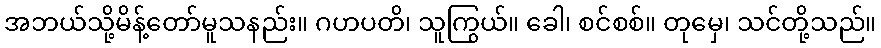
အဘယ်သို့မိန့်တော်မူသနည်း။ ဂဟပတိ၊ သူကြွယ်။ ခေါ၊ စင်စစ်။ တုမှေ၊ သင်တို့သည်။